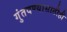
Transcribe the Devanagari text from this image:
गुंतवण्‍यासाठीही